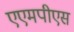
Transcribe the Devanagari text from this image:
एएमपीएस